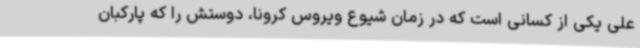
علی یکی از کسانی است که در زمان شیوع ویروس کرونا، دوستش را که پارکبان